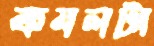
কমলটা